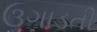
ઉગાડતી